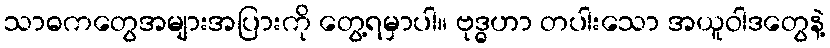
သာဓကတွေအများအပြားကို တွေ့ရမှာပါ။ ဗုဒ္ဓဟာ တပါးသော အယူဝါဒတွေနဲ့